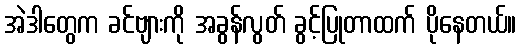
အဲဒါတွေက ခင်ဗျားကို အခွန်လွတ် ခွင့်ပြုတာထက် ပိုနေတယ်။